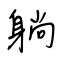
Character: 躺